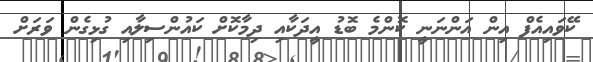
ކޭވައިއެފް އިން އަންނަނީ ކޮންމެ ބޮޑު އީދަކާއި ދިމާކޮށް ކައުންސިލާއި ގުޅިގެން ވަރަށް